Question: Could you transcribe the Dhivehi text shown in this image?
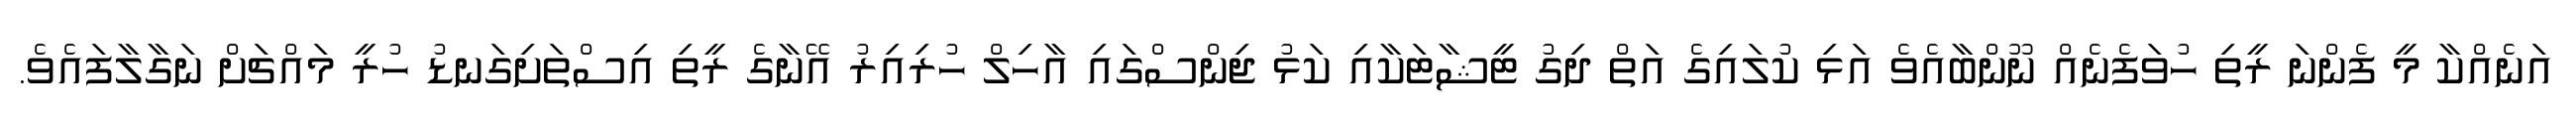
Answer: އަނެއްކާ މީ ފެންނަ ރީތި ހުވަފެނެއް ނޫންބާއެވެ އަޅި ކުލައިގެ އަތް ދިގު ޓީޝާޓަކާއި ކަޅު ޖިންސްގައި އާހިލް ހުރިއިރު އޭނާގެ ރީތި އިސްތަށިގަނޑު ހުރީ މައްޗަށް ނަގާލާފައެވެ.